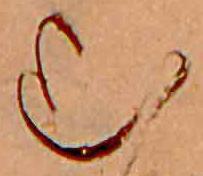
む